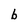
Character: b